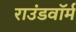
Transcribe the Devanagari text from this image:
राउंडवॉर्म